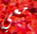
معي